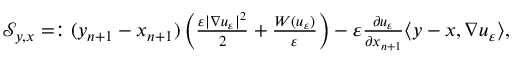
\begin{array} { r } { \mathcal S _ { y , x } = : ( y _ { n + 1 } - x _ { n + 1 } ) \left( \frac { \varepsilon | \nabla u _ { \varepsilon } | ^ { 2 } } { 2 } + \frac { W ( u _ { \varepsilon } ) } { \varepsilon } \right) - \varepsilon \frac { \partial u _ { \varepsilon } } { \partial x _ { n + 1 } } \langle y - x , \nabla u _ { \varepsilon } \rangle , } \end{array}